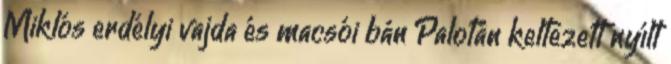
Miklós erdélyi vajda és macsói bán Palotán keltezett nyílt